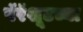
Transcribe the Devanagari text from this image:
पॅरॅशूटच्या